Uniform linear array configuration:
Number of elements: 24
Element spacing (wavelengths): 0.5
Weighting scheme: hamming
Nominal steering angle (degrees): -45
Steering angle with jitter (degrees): -45.375
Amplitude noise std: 0.05
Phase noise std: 0.05

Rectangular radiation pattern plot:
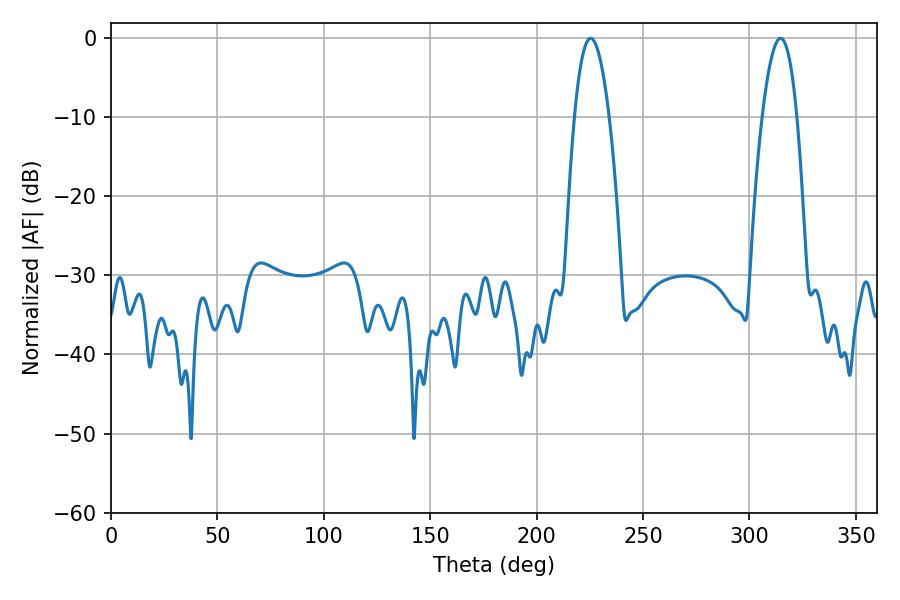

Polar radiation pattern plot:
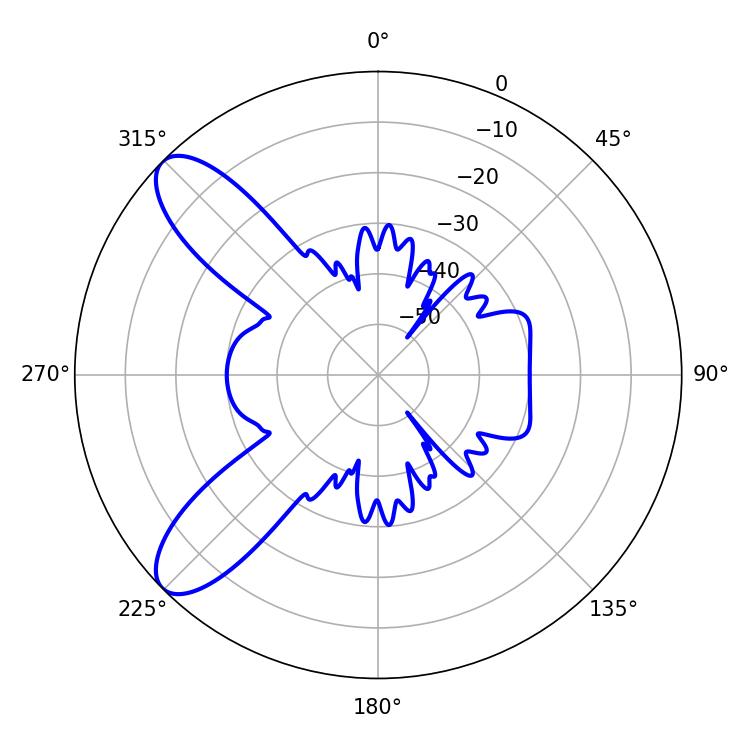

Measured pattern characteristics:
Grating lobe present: FALSE
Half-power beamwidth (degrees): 9
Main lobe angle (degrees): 225.36